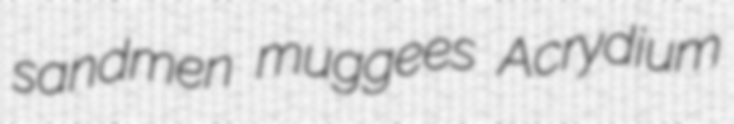
sandmen muggees Acrydium